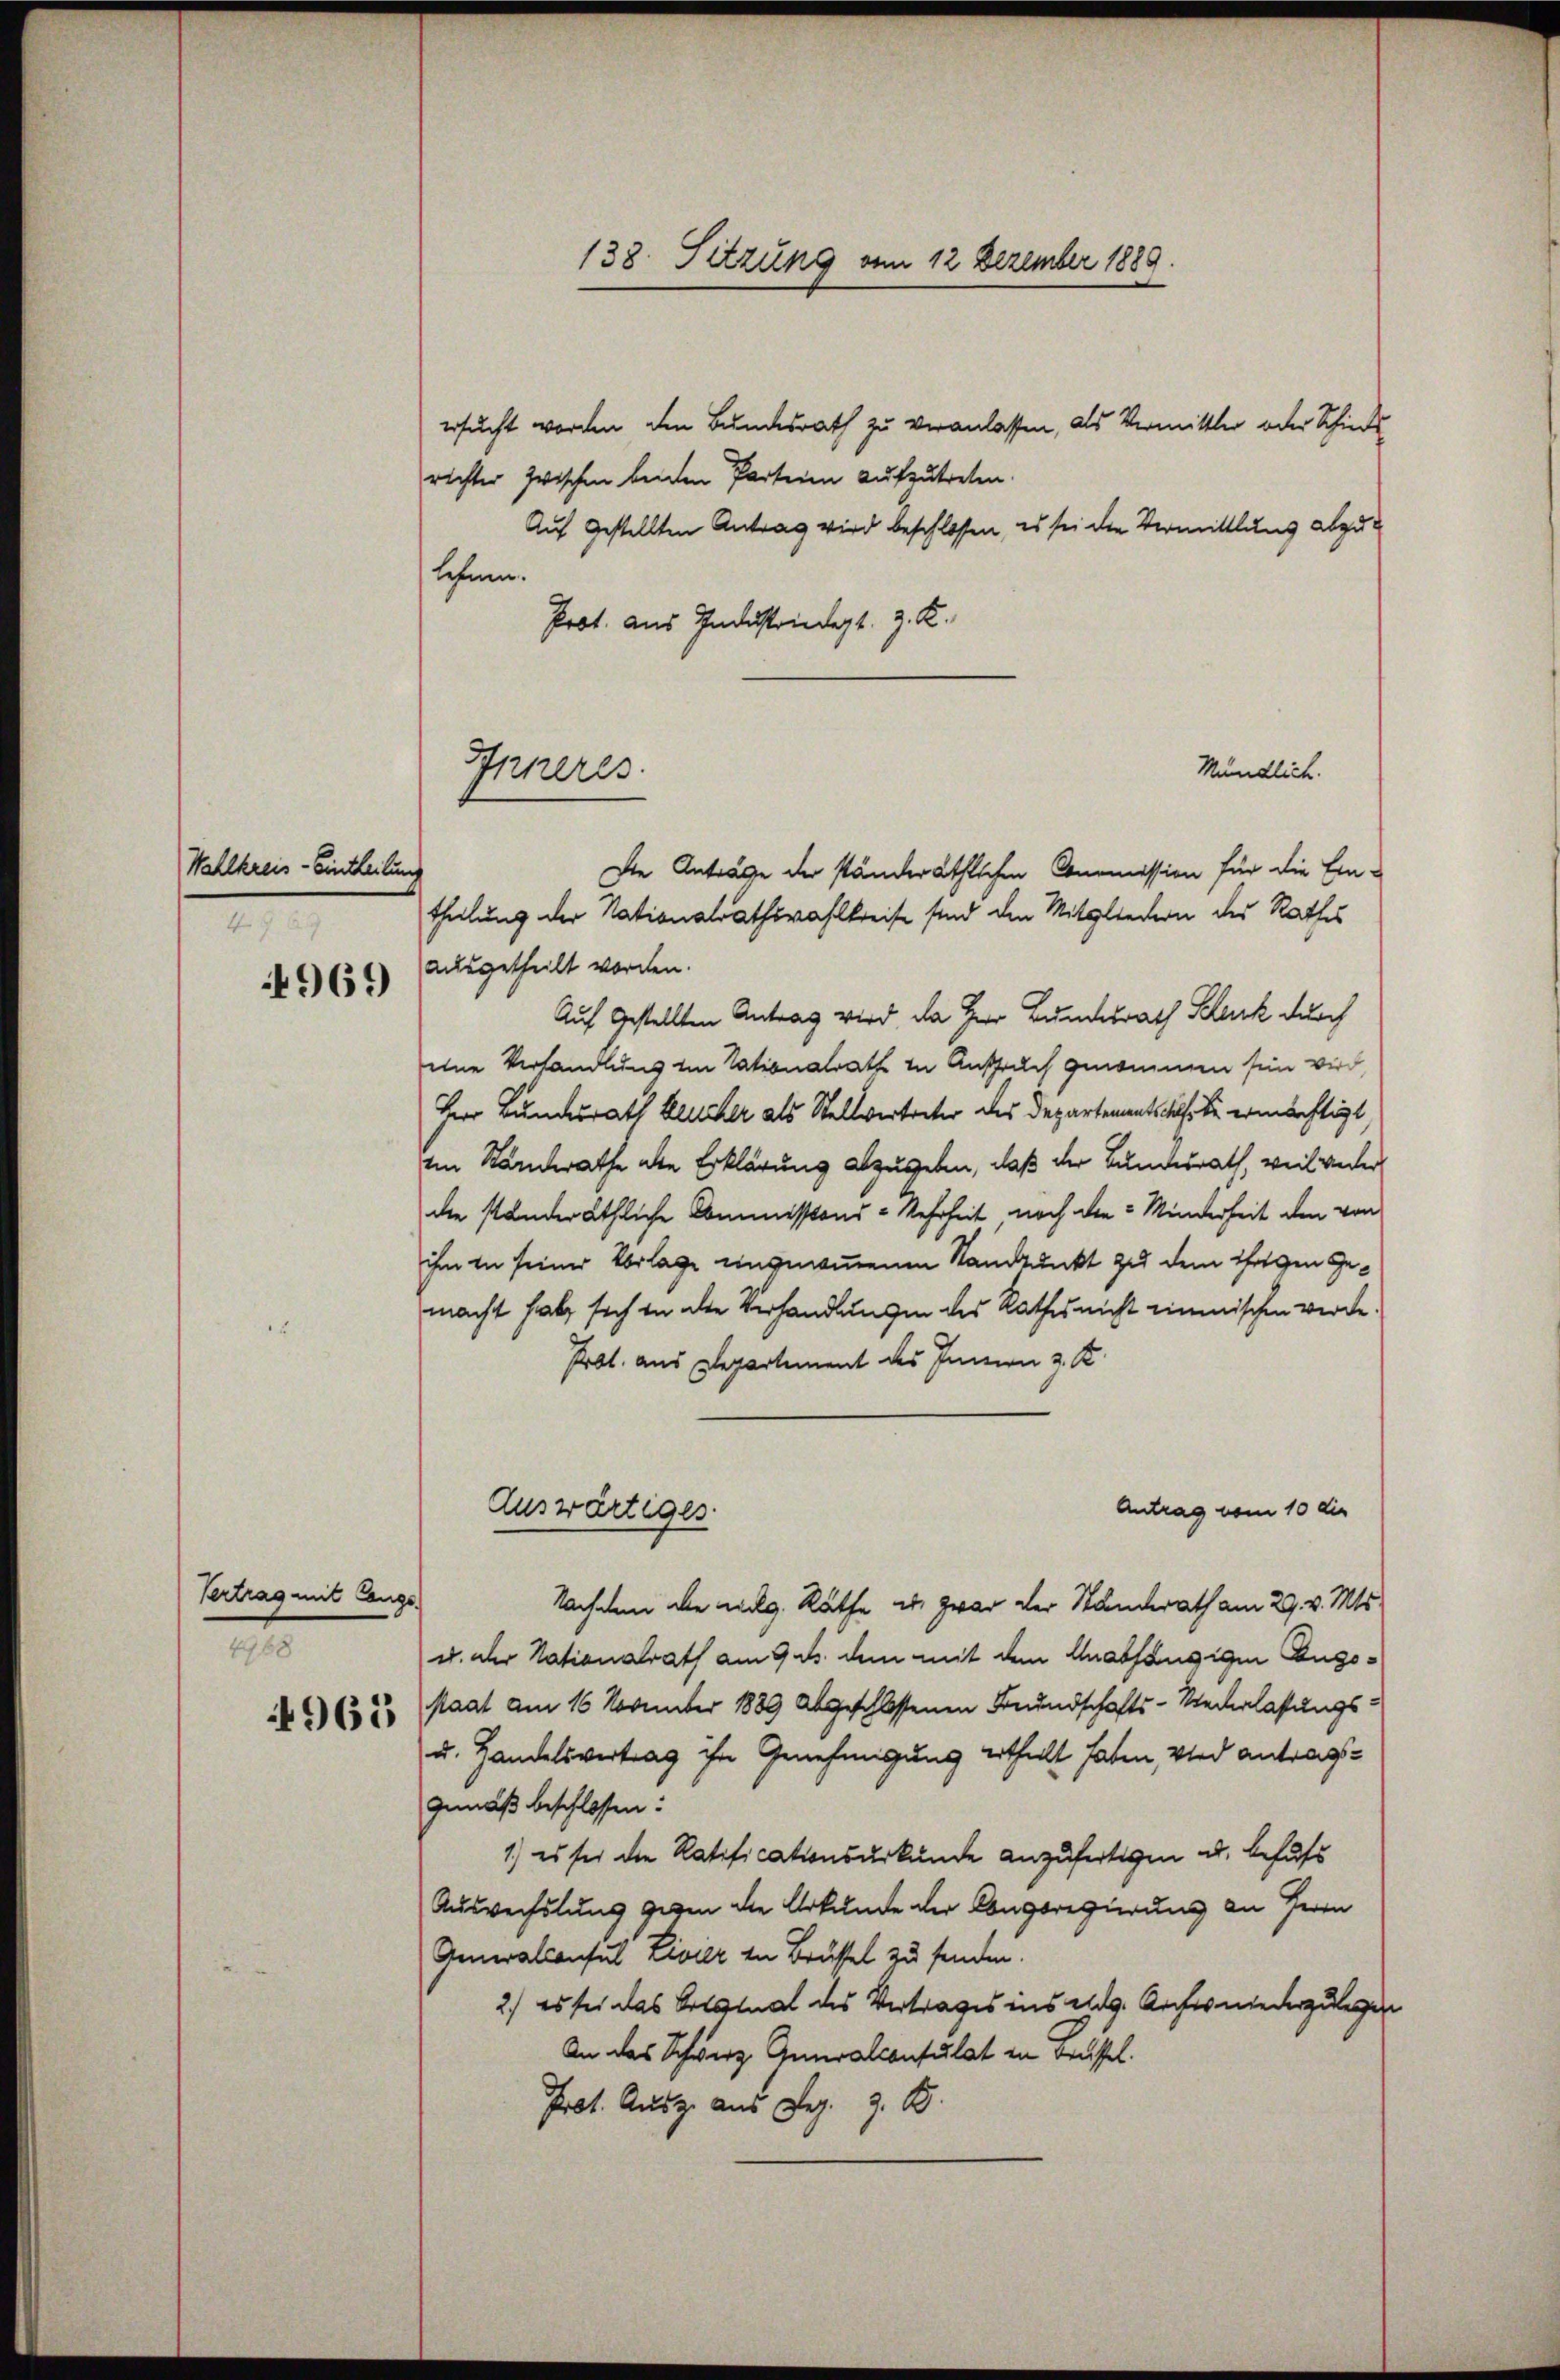
Wahlkreis-Eintheilung
49 x

4969

Vertrag mit lange
4968

4963

ersucht worden den Bundesrath zu veranlassen, als Vermittler oder Schiede
richter zwischen beiden Parteien aufzutreten.
Auf gestellten Antrag wird beschlossen, es sei der Vermittlung abzulehnen.
Prot. aus Industriedigt z. K.

Inneres.

138. Sitzung vom 12 Dezember 1889.

ausgetheilt worden.
Auf gestellten Antrag wird, da Herr Bundesrath Kelek durch
eine Verhandlung in Tationalrathe in Anspruch genommen sein wird,
Herr Bundesrath Brucher als Stellvertreter des Departementschaft ermächtigt
ein Standerathe die Erklärung abzugeben, daß der Bundesrath, weil verer
die standeräthliche Commissions - Kehrheit noch die Minderheit den von
ihm in seiner Vorlage eingenommenen Standpunkt zu dem ihrigen Gemacht habe sich in die Verhandlungen des Rathes nicht einmischen werde¬
Prot. aus Departement des Innern z. K.
Antrag vom 10 die
Auswärtiges
Nachdem die weg. Räthe u. zwar der Standerath am 29. v. Mts.
u. der Nationalrath am 9. d. dem mit dem Unabhängige Zugsstaat am 16. November 1889 abgeschlossenen Freundschafts-Niederlassungs¬
u. Handelsvertrag ihr Genehmigung ertheilt haben, wird antragsgemäß beschlossen:
1.) es sei die Ratificationsurkunde anzufertigen u. behufs
Auswechslung gegen die Urkunde der Congsregierung an Herrn
Generalconsul Livier in Brüssel zu senden.
2.) es sei das Statual des Vertrages ins eidg. Archisniederzulegen
An das Schwarz Gumvalconsulat in Brüssel.
Prot. Ausz aus Reg. z. B.

Die Anträge der ständeräthlichen Commission für die Ein-
theilung der Nationalrathswahlkreise sind den Mitgliedern des Rathes

Mündlich.